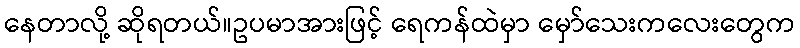
နေတာလို့ ဆိုရတယ်။ဥပမာအားဖြင့် ရေကန်ထဲမှာ မှော်သေးကလေးတွေက